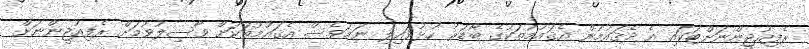
ރެފިއުޖީންނަށްޓަކައި އެ ދެޤައުމުން އެޤައުމުތަކުގެ ބޯޑަރު ހުޅުވައިލި ނަމަވެސް އެޤައުމުތަކަށް ވާސިލުވުމަށް ރެފިއުޖީންނަށް